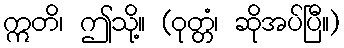
ဣတိ၊ ဤသို့။ (ဝုတ္တံ၊ ဆိုအပ်ပြီ။)